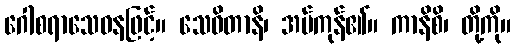
ဂေါစရာသေဝနဖြင့်။ သေဝိတာနိ၊ အပ်ကုန်၏။ ကာနိစိ၊ တို့ကို။